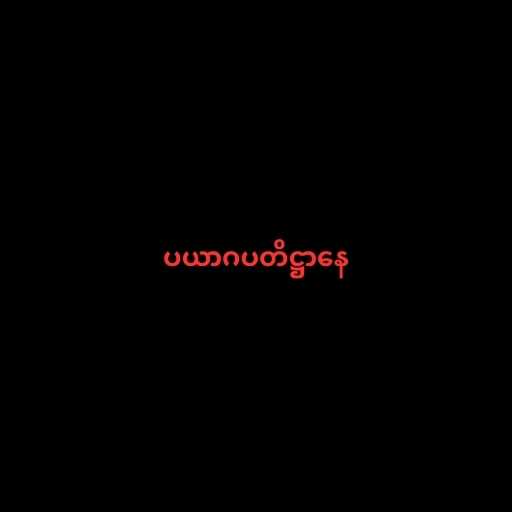
ပယာဂပတိဋ္ဌာနေ